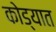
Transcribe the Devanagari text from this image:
कोड्यात